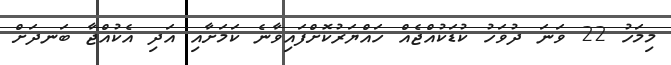
މިމަހު 22 ވަނަ ދުވަހު ކުޑަކުއްޖެއް ހައްޔަރުކޮށްފައިވާނެ ކަމަށާއި އަދި އެކުއްޖާ ބަނދަށް